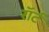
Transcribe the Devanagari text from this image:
रॉर्ट